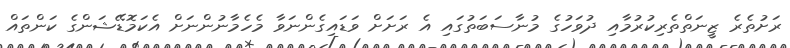
ރަށުތެރެ ޒީނަތްތެރިކުރުމާއި ދުވަހުގެ މުނާސަބަތުގައި އެ ރަށަށް ވަޑައިގެންނަވާ މެހެމާނުންނަށް އެކަމޮޑޭޝަންގެ ކަންތައް